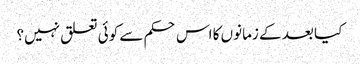
کیا بعد کے زمانوں کا اس حکم سے کوئی تعلق نہیں؟